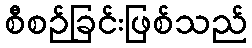
စီစဉ်ခြင်းဖြစ်သည်